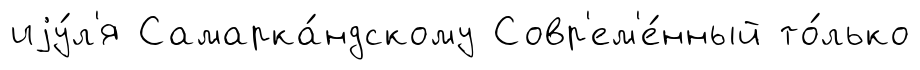
иjу́л'я Самарка́ндскому Совр'ем'е́нный то́лько